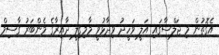
އެގޮތުން މި ޖަލްސާގައި އަލީ ވަހީދު ވިދާޅުވީ މާމިގިލީ ދާއިރާގެ މެންބަރު ގާސިމް